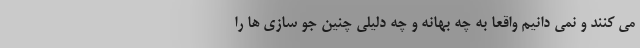
می کنند و نمی دانیم واقعا به چه بهانه و چه دلیلی چنین جو سازی ها را